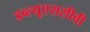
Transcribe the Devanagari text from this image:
डब्ल्यूएससीवी